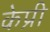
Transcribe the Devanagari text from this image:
केप्री